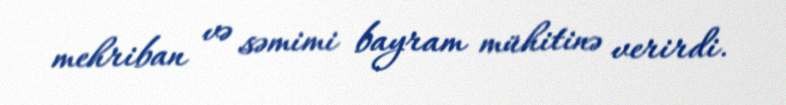
mehriban və səmimi bayram mühitinə verirdi.